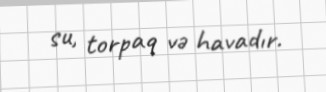
su, torpaq və havadır.